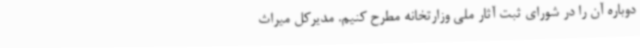
دوباره آن را در شورای ثبت آثار ملی وزارتخانه مطرح کنیم. مدیرکل میراث